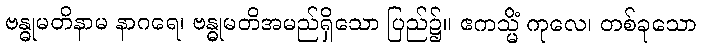
ဗန္ဓုမတိနာမ နာဂရေ၊ ဗန္ဓုမတိအမည်ရှိသော ပြည်၌။ ဧကသ္မိံ ကုလေ၊ တစ်ခုသော